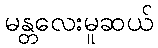
မန္တလေးမူဆယ်